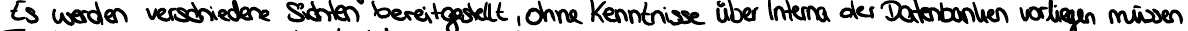
Es werden verschiedene Sichten bereitgestellt, ohne Kenntnisse über Interna der Datenbanken vorliegen müssen